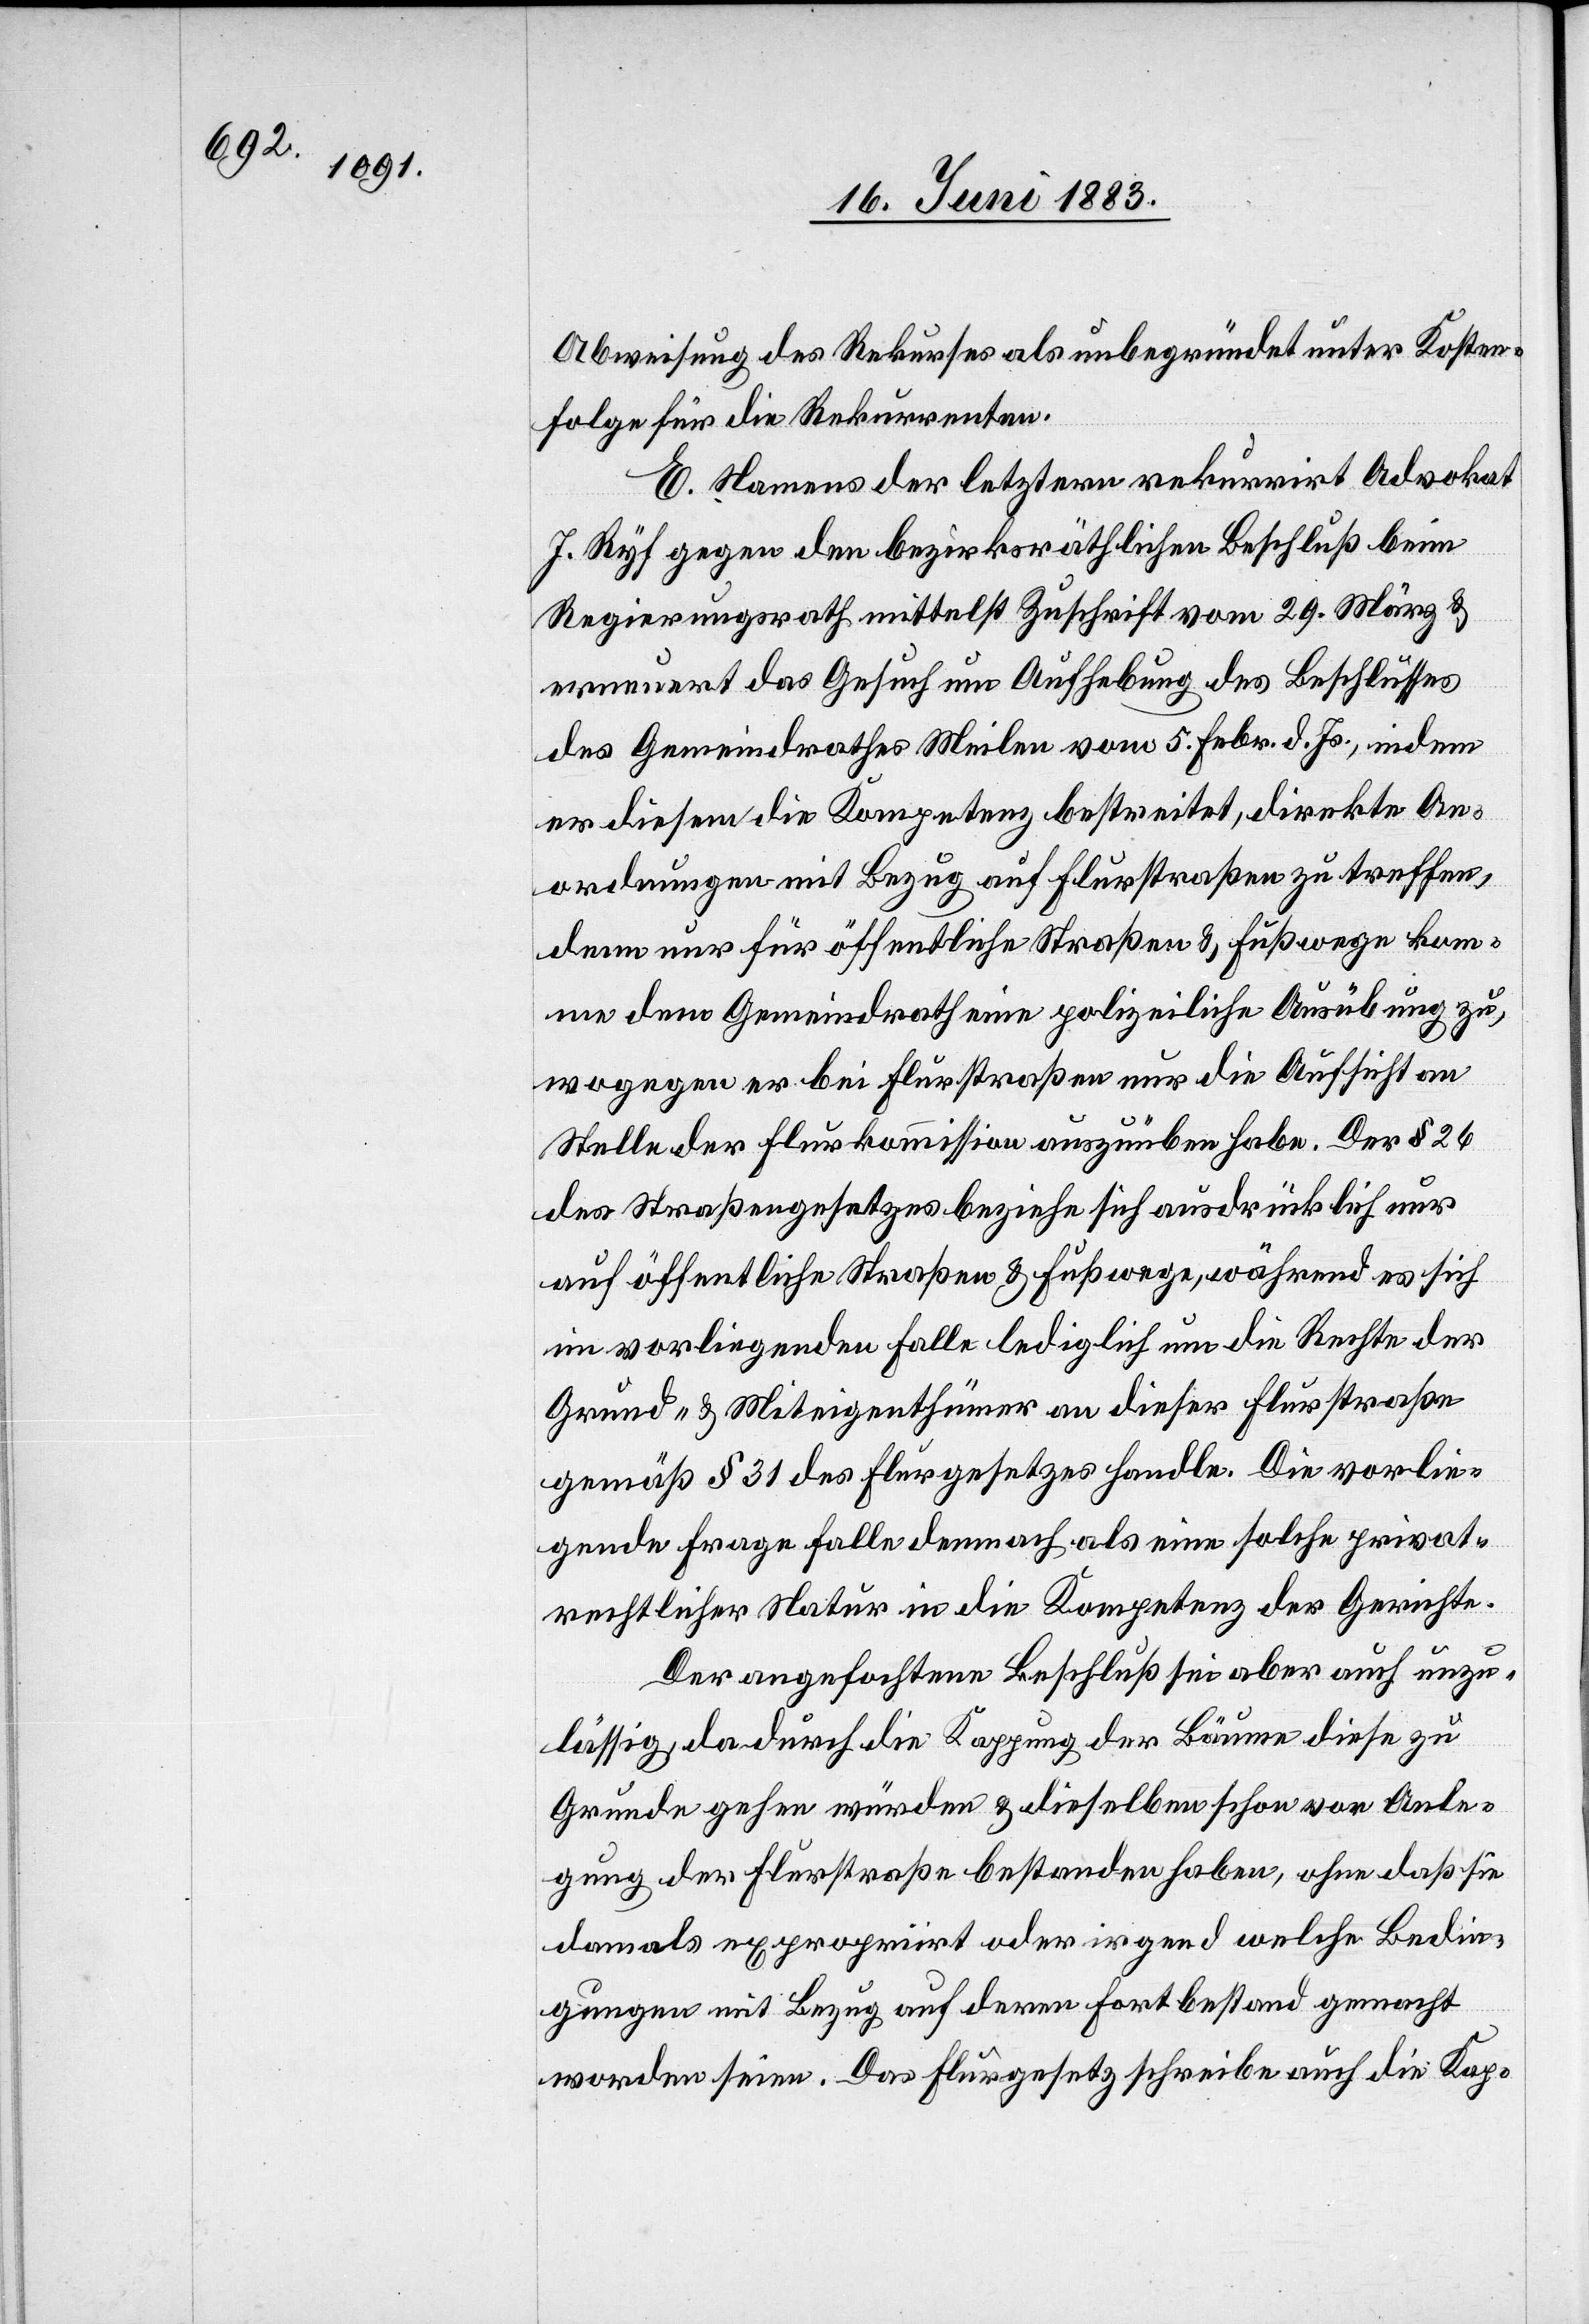
Abweisung des Rekurses als unbegründet unter Kosten¬
folge für die Rekurrenten.
E. Namens der letztern rekurrirt Advokat
J. Ryf gegen den bezirksräthlichen Beschluß beim
Regierungsrath mittelst Zuschrift vom 29. März &
erneuert das Gesuch um Aufhebung des Beschlusses
des Gemeindrathes Meilen vom 5. Febr. d. Js., indem
er diesem die Kompetenz bestreitet, direkte An¬
ordnungen mit Bezug auf Flurstraßen zu treffen,
denn nur für öffentliche Straßen & Fußwege kom¬
men dem Gemeindrath eine polizeiliche Ausübung zu,
wogegen er bei Flurstraßen nur die Aufsicht an
Stelle der Flurkommission auszuüben habe. Der § 26
des Straßengesetzes beziehe sich ausdrücklich nur
auf öffentliche Straßen & Fußwege, während es sich
im vorliegenden Falle lediglich um die Rechte der
Grund- & Miteigenthümer an dieser Flurstraße
gemäß § 31 des Flurgesetzes handle. Die vorlie¬
gende Frage falle demnach als eine solche privat¬
rechtlicher Natur in die Kompetenz der Gerichte.
Der angefochtene Beschluß sei aber auch unzu¬
lässig, da durch die Kappung der Bäume diese zu
Grunde gehen würden & dieselben schon vor Anle¬
gung der Flurstraße bestanden haben, ohne daß sie
damals expropriirt oder irgend welche Bedin¬
gungen mit Bezug auf deren Fortbestand gemacht
worden seien. Das Flurgesetz schreibe auch die Kap-